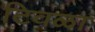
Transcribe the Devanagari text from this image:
टिवळा